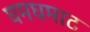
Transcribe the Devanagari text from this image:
घमघमाट